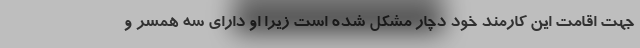
جهت اقامت این کارمند خود دچار مشکل شده است زیرا او دارای سه همسر و